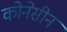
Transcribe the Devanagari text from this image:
कोनेसीन